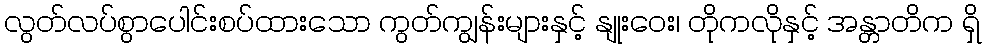
လွတ်လပ်စွာပေါင်းစပ်ထားသော ကွတ်ကျွန်းများနှင့် နျုးဝေး၊ တိုကလိုနှင့် အန္တာတိက ရှိ